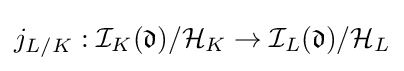
j_{L/K}:{\mathcal {I}}_{K}({\mathfrak {d}})/{\mathcal {H}}_{K}\to {\mathcal {I}}_{L}({\mathfrak {d}})/{\mathcal {H}}_{L}